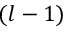
( l - 1 )